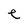
Character: e